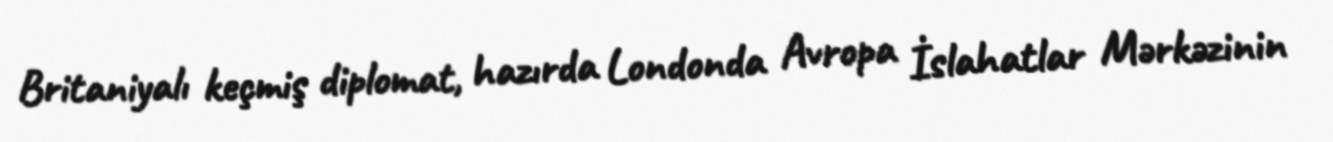
Britaniyalı keçmiş diplomat, hazırda Londonda Avropa İslahatlar Mərkəzinin